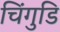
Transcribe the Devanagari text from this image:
चिंगुडि